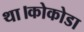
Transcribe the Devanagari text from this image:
था।कोकोडा